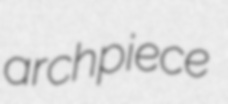
archpiece